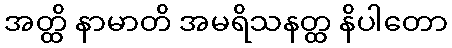
အတ္ထိ နာမာတိ အမရိသနတ္ထ နိပါတော